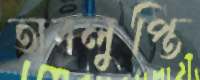
অবলুপ্তি